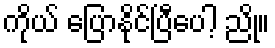
ကိုယ် ပြောနိုင်ပြီပေါ့ ညို။